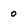
Character: 0